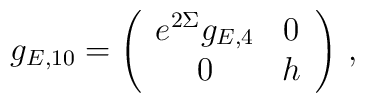
g_{E,10} = \left(\begin{array}{cc}                  e^{2\Sigma} g_{E,4} & 0 \\                      0 &  h               \end{array}\right)\,,